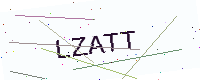
Text: LZATT